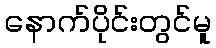
နောက်ပိုင်းတွင်မူ